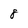
Character: 8